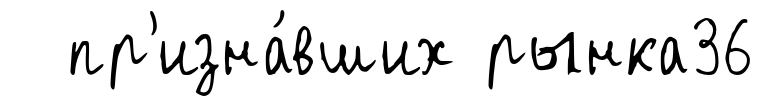
пр'изна́вших рынка36